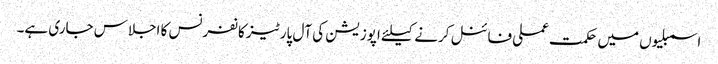
اسمبلیوں میں حکمت عملی فائنل کرنے کیلئے اپوزیشن کی آل پارٹیز کانفرنس کا اجلاس جاری ہے۔